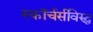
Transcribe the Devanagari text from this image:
स्कॉर्चर्सविरुद्ध